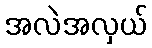
အလဲအလှယ်